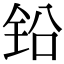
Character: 铅